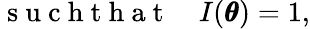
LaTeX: \mathrm{~s~u~c~h~t~h~a~t~}\quad I(\pmb\theta)=1,